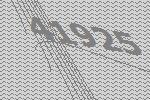
41925